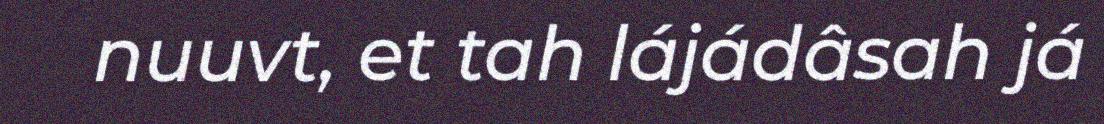
nuuvt, et tah lájádâsah já